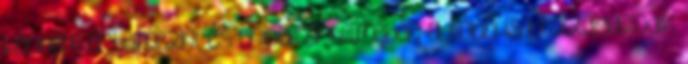
kérném értelmezni, és ennek értelmében a többi is hozzáigazodik.